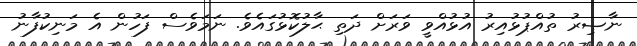
ނާޞިރު ތުއްޕުޅުއިރު އުޅުއްވީ ވަރަށް ދަތި ޙާލުކޮޅުގައެވެ. ނަމަވެސް ފަހުން އެ މަނިކުފާނު